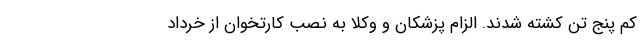
کم پنج تن کشته شدند. الزام پزشکان و وکلا به نصب کارتخوان از خرداد